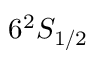
6 ^ { 2 } S _ { 1 / 2 }